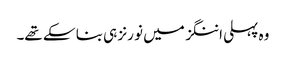
وہ پہلی اننگز میں نو رنز ہی بنا سکے تھے۔